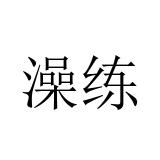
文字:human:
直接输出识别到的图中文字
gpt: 澡练